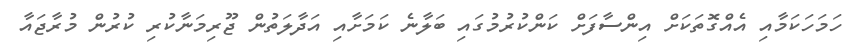
ހަމަހަކަމާއި އެއްގޮތަަކަށް އިންސާފަށް ކަންކުރުމުގައި ބަލާނެ ކަމަށާއި އަދާލަތުން ޖޫރިމަނާކުރި ކުރުން މުރާޖައާ